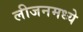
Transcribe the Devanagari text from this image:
लीजनमध्ये